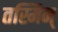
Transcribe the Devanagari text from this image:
तस्मिन्‌